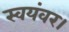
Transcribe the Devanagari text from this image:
स्वयंवर।